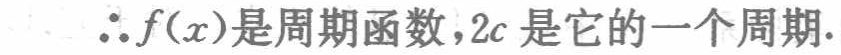
$\therefore f(x)\text{是周期函数},2c\text{是它的一个周期}.$